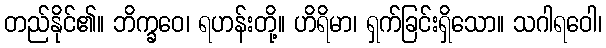
တည်နိုင်၏။ ဘိက္ခဝေ၊ ရဟန်းတို့။ ဟိရိမာ၊ ရှက်ခြင်းရှိသော။ သဂါရဝေါ၊